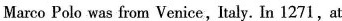
Marco Polo was from Venice, Italy. In 1271,at